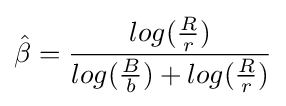
{\hat {\beta }}={\frac {log({\frac {R}{r}})}{log({\frac {B}{b}})+log({\frac {R}{r}})}}